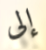
إلى